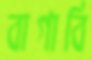
বাগাবি